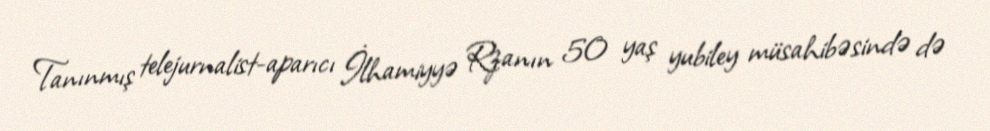
Tanınmış telejurnalist-aparıcı İlhamiyyə Rzanın 50 yaş yubiley müsahibəsində də